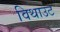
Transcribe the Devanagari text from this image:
विथाउट